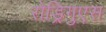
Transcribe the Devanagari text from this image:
रोड्रिगुएस